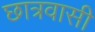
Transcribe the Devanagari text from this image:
छात्रवासी